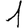
Digit: 1